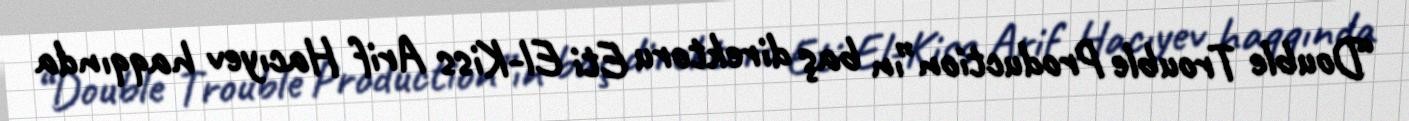
“Double Trouble Production”ın baş direktoru Eti El-Kiss Arif Hacıyev haqqında